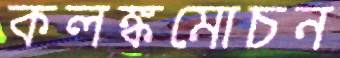
কলঙ্কমোচন